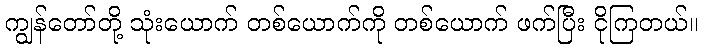
ကျွန်တော်တို့ သုံးယောက် တစ်ယောက်ကို တစ်ယောက် ဖက်ပြီး ငိုကြတယ်။